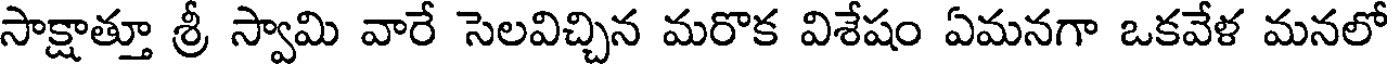
సాక్షాత్తూ శ్రీ స్వామి వారే సెలవిచ్చిన మరొక విశేషం ఏమనగా ఒకవేళ మనలో